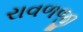
રાવળજી